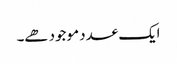
ایک عدد موجود ھے۔